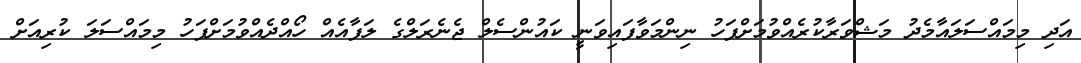
އަދި މިމައްސަލައާމެދު މަޝްވަރާކުރެއްވުމަށްފަހު ނިންމަވާފައިވަނީ ކައުންސެލް ޖެނެރަލްގެ ލަފާއެއް ހޯއްދެއްވުމަށްފަހު މިމައްސަލަ ކުރިއަށް